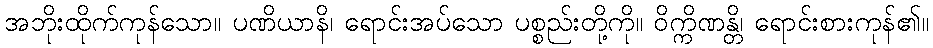
အဘိုးထိုက်ကုန်သော။ ပဏိယာနိ၊ ရောင်းအပ်သော ပစ္စည်းတို့ကို။ ဝိက္ကိဏန္တိ၊ ရောင်းစားကုန်၏။